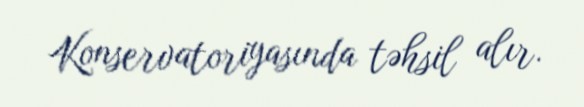
Konservatoriyasında təhsil alır.